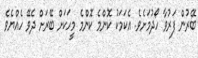
ބޭރުން ފަރުވާ ހޯދުމަށެވެ. އެކަމަކު ކޮންމެ ކޮންމެ މީހަކަށް ބޭރަށް ދެވޭ ހެއްޔެވެ